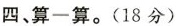
四、算一算。(18分)